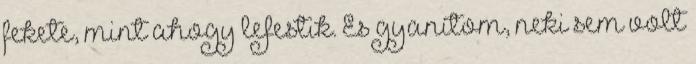
fekete, mint ahogy lefestik. És gyanítom, neki sem volt